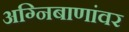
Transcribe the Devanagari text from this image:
अग्निबाणांवर